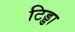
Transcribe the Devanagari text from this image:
टिड्डा